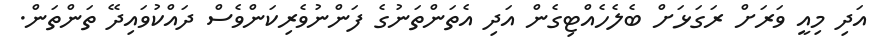
އަދި މިއީ ވަރަށް ރަގަޅަށް ބެލެހެއްޓިގެން އަދި އެތަންތަނުގެ ފަންނުވެރިކަންވެސް ދައްކުވައިދޭ ތަންތަން.